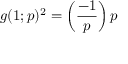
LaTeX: g ( 1 ; p ) ^ { 2 } = \left( { \frac { - 1 } { p } } \right) p